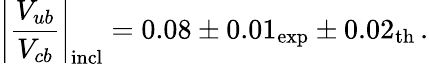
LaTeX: \left|{\frac{V_{ub}}{V_{cb}}}\right|_{\mathrm{incl}}=0.08\pm 0.01_{\mathrm{exp}}\pm 0.02_{\mathrm{th}}\, .